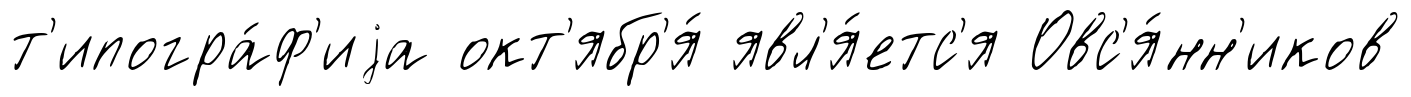
т'ипогра́ф'иjа окт'ябр'я́ явл'я́етс'я Овс'я́нн'иков